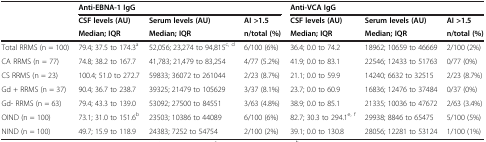
<table><thead><tr><td rowspan="3"></td><td colspan="3"><b>Anti-EBNA-1 IgG</b></td><td colspan="3"><b>Anti-VCA IgG</b></td></tr><tr><td><b>CSF levels (AU)</b></td><td><b>Serum levels (AU)</b></td><td><b>AI &gt;1.5</b></td><td><b>CSF levels (AU)</b></td><td><b>Serum levels (AU)</b></td><td><b>AI &gt;1.5</b></td></tr><tr><td><b>Median; IQR</b></td><td><b>Median; IQR</b></td><td><b>n/total (%)</b></td><td><b>Median; IQR</b></td><td><b>Median; IQR</b></td><td><b>n/total (%)</b></td></tr></thead><tbody><tr><td>Total RRMS (n = 100)</td><td>79.4; 37.5 to 174.3<sup>a</sup></td><td>52,056; 23,274 to 94,815<sup>c, d</sup></td><td>6/100 (6%)</td><td>36.4; 0.0 to 74.2</td><td>18962; 10659 to 46669</td><td>2/100 (2%)</td></tr><tr><td>CA RRMS (n = 77)</td><td>74.8; 38.2 to 167.7</td><td>41,783; 21,479 to 83,254</td><td>4/77 (5.2%)</td><td>41.9; 0.0 to 83.1</td><td>22546; 12433 to 51763</td><td>0/77 (0%)</td></tr><tr><td>CS RRMS (n = 23)</td><td>100.4; 51.0 to 272.7</td><td>59833; 36072 to 261044</td><td>2/23 (8.7%)</td><td>21.1; 0.0 to 59.9</td><td>14240; 6632 to 32515</td><td>2/23 (8.7%)</td></tr><tr><td>Gd + RRMS (n = 37)</td><td>90.4; 36.7 to 238.7</td><td>39325; 21479 to 105629</td><td>3/37 (8.1%)</td><td>23.7; 0.0 to 60.9</td><td>16836; 12476 to 37484</td><td>0/37 (0%)</td></tr><tr><td>Gd- RRMS (n = 63)</td><td>79.4; 43.3 to 139.0</td><td>53092; 27500 to 84551</td><td>3/63 (4.8%)</td><td>38.9; 0.0 to 85.1</td><td>21335; 10036 to 47672</td><td>2/63 (3.4%)</td></tr><tr><td>OIND (n = 100)</td><td>73.1; 31.0 to 151.6<sup>b</sup></td><td>23503; 10386 to 44089</td><td>6/100 (6%)</td><td>82.7; 30.3 to 294.1<sup>e, f</sup></td><td>29938; 8846 to 65475</td><td>5/100 (5%)</td></tr><tr><td>NIND (n = 100)</td><td>49.7; 15.9 to 118.9</td><td>24383; 7252 to 54754</td><td>2/100 (2%)</td><td>39.1; 0.0 to 130.8</td><td>28056; 12281 to 53124</td><td>1/100 (1%)</td></tr></tbody></table>